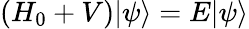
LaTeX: \left(H_{0}+V\right)|\psi\rangle=E|\psi\rangle